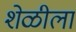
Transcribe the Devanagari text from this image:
शेळीला